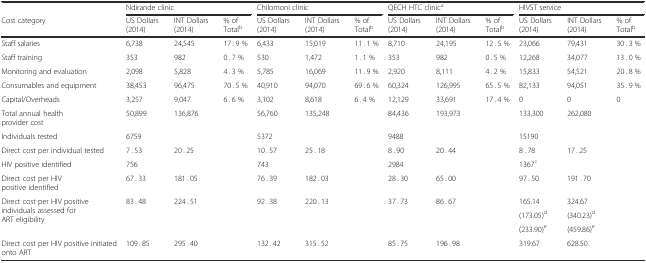
<table><thead><tr><td></td><td colspan="3"><b>Ndirande clinic</b></td><td colspan="3"><b>Chilomoni clinic</b></td><td colspan="3"><b>QECH HTC clinic<sup>a</sup></b></td><td colspan="3"><b>HIVST service</b></td></tr><tr><td><b>Cost category</b></td><td><b>US Dollars (2014)</b></td><td><b>INT Dollars (2014)</b></td><td><b>% of Total<sup>b</sup></b></td><td><b>US Dollars (2014)</b></td><td><b>INT Dollars (2014)</b></td><td><b>% of Total<sup>b</sup></b></td><td><b>US Dollars (2014)</b></td><td><b>INT Dollars (2014)</b></td><td><b>% of Total<sup>b</sup></b></td><td><b>US Dollars (2014)</b></td><td><b>INT Dollars (2014)</b></td><td><b>% of Total<sup>b</sup></b></td></tr></thead><tbody><tr><td>Staff salaries</td><td>6,738</td><td>24,545</td><td>17 . 9 %</td><td>6,433</td><td>15,019</td><td>11 . 1 %</td><td>8,710</td><td>24,195</td><td>12 . 5 %</td><td>23,066</td><td>79,431</td><td>30 . 3 %</td></tr><tr><td>Staff training</td><td>353</td><td>982</td><td>0 . 7 %</td><td>530</td><td>1,472</td><td>1 . 1 %</td><td>353</td><td>982</td><td>0 . 5 %</td><td>12,268</td><td>34,077</td><td>13 . 0 %</td></tr><tr><td>Monitoring and evaluation</td><td>2,098</td><td>5,828</td><td>4 . 3 %</td><td>5,785</td><td>16,069</td><td>11 . 9 %</td><td>2,920</td><td>8,111</td><td>4 . 2 %</td><td>15,833</td><td>54,521</td><td>20 . 8 %</td></tr><tr><td>Consumables and equipment</td><td>38,453</td><td>96,475</td><td>70 . 5 %</td><td>40,910</td><td>94,070</td><td>69 . 6 %</td><td>60,324</td><td>126,995</td><td>65 . 5 %</td><td>82,133</td><td>94,051</td><td>35 . 9 %</td></tr><tr><td>Capital/Overheads</td><td>3,257</td><td>9,047</td><td>6 . 6 %</td><td>3,102</td><td>8,618</td><td>6 . 4 %</td><td>12,129</td><td>33,691</td><td>17 . 4 %</td><td>0</td><td>0</td><td>0</td></tr><tr><td>Total annual health provider cost</td><td>50,899</td><td>136,876</td><td></td><td>56,760</td><td>135,248</td><td></td><td>84,436</td><td>193,973</td><td></td><td>133,300</td><td>262,080</td><td></td></tr><tr><td>Individuals tested</td><td colspan="2">6759</td><td rowspan="2"></td><td colspan="2">5372</td><td rowspan="2"></td><td colspan="2">9488</td><td rowspan="2"></td><td colspan="2">15190</td><td rowspan="2"></td></tr><tr><td>Direct cost per individual tested</td><td>7 . 53</td><td>20 . 25</td><td>10 . 57</td><td>25 . 18</td><td>8 . 90</td><td>20 . 44</td><td>8 . 78</td><td>17 . 25</td></tr><tr><td>HIV positive identified</td><td colspan="2">756</td><td rowspan="2"></td><td colspan="2">743</td><td rowspan="2"></td><td colspan="2">2984</td><td rowspan="2"></td><td colspan="2">1367<sup>c</sup></td><td rowspan="2"></td></tr><tr><td>Direct cost per HIV positive identified</td><td>67 . 33</td><td>181 . 05</td><td>76 . 39</td><td>182 . 03</td><td>28 . 30</td><td>65 . 00</td><td>97 . 50</td><td>191 . 70</td></tr><tr><td rowspan="3">Direct cost per HIV positive individuals assessed for ART eligibility</td><td rowspan="3">83 . 48</td><td rowspan="3">224 . 51</td><td rowspan="3"></td><td rowspan="3">92 . 38</td><td rowspan="3">220 . 13</td><td rowspan="3"></td><td rowspan="3">37 . 73</td><td rowspan="3">86 . 67</td><td rowspan="3"></td><td>165.14</td><td>324.67</td><td rowspan="3"></td></tr><tr><td>(173.05)<sup>d</sup></td><td>(340.23)<sup>d</sup></td></tr><tr><td>(233.90)<sup>e</sup></td><td>(459.86)<sup>e</sup></td></tr><tr><td>Direct cost per HIV positive initiated onto ART</td><td>109 . 85</td><td>295 . 40</td><td></td><td>132 . 42</td><td>315 . 52</td><td></td><td>85 . 75</td><td>196 . 98</td><td></td><td>319.67</td><td>628.50</td><td></td></tr></tbody></table>